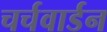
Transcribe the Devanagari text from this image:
चर्चवार्डन